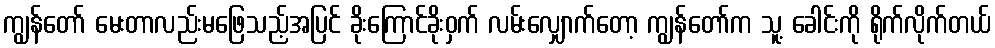
ကျွန်တော် မေးတာလည်းမဖြေသည့်အပြင် ခိုးကြောင်ခိုးဝှက် လမ်းလျှောက်တော့ ကျွန်တော်က သူ့ ခေါင်းကို ရိုက်လိုက်တယ်